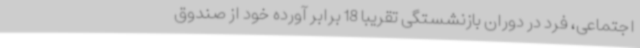
اجتماعی، فرد در دوران بازنشستگی تقریبا 18 برابر آورده خود از صندوق